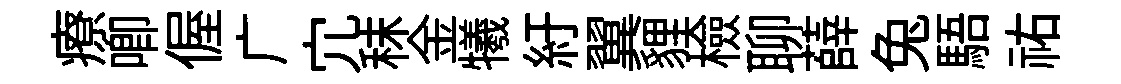
療唧偓广宂秣金犧紆翼貍檢聊薛兔䮏祐